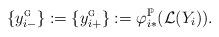
LaTeX: \begin{align*}\{y_{i-}^{\textsc{g}}\} := \{y_{i+}^{\textsc{g}}\}:= \varphi_{i*}^{{\mathbb{P}}}(\mathcal{L}(Y_i)).\end{align*}